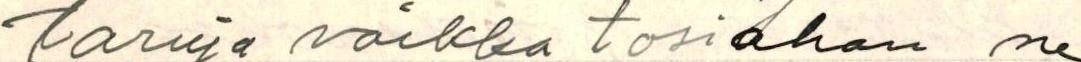
taruja vaikka tosiahan ne